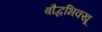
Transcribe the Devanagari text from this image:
बौद्धभिक्खू